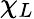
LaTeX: \chi_{L}